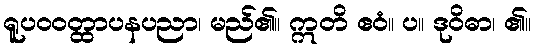
ရူပဝဝတ္ထာပနပညာ၊ မည်၏။ ဣတိ ဧဝံ။ ပ။ ဒုဝိဓာ၊ ၏။